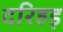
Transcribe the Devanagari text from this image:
दरिहड़